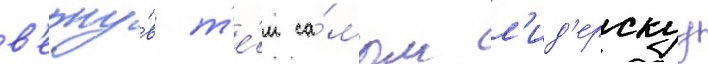
в'ерну́в т'е́м са́мым л'ид'ерскуу